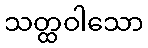
သတ္ထဝါသော